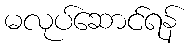
မလုပ်ဆောင်ရန်